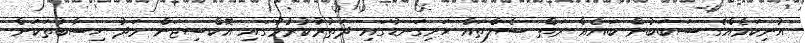
އުނިކަމެއްގެ ސަބަބުން ބައެއް ރަތް ސެލްތައް ހަށިގަނޑުގައި ދަތުރުކުރުމުގައި އޮކްސިޖަން މަދު ހިސާބުތަކަށް